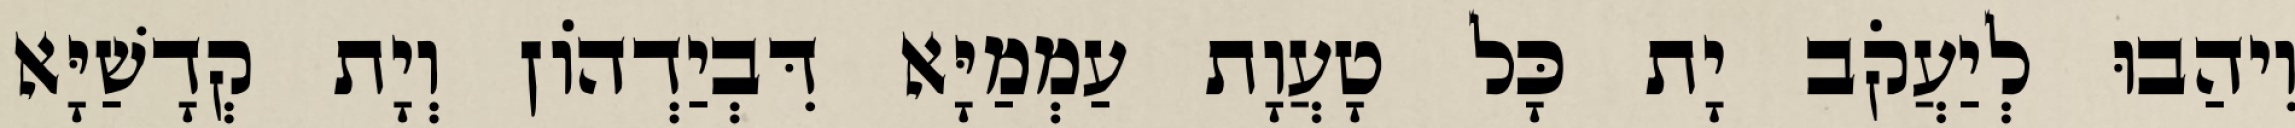
וִיהַבוּ לְיַעֲקֹב יָת כָּל טָעֲוָת עַמְמַיָּא דִּבְיַדְהוֹן וְיָת קְדָשַׁיָּא